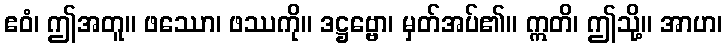
ဧဝံ၊ ဤအတူ။ ဖဿော၊ ဖဿကို။ ဒဋ္ဌဗ္ဗော၊ မှတ်အပ်၏။ ဣတိ၊ ဤသို့။ အာဟ၊